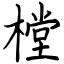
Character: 樘